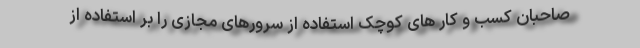
صاحبان کسب و کار های کوچک استفاده از سرورهای مجازی را بر استفاده از